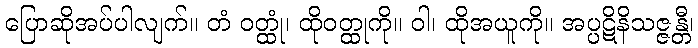
ပြောဆိုအပ်ပါလျက်။ တံ ဝတ္ထုံ၊ ထိုဝတ္ထုကို။ ဝါ၊ ထိုအယူကို။ အပ္ပဋိနိသဇ္ဇန္တီ၊